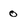
Character: 0